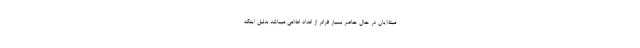
مبتلایان در حال حاضر بسیار فراتر از اعداد اعلامی میباشد بدلیل اینکه